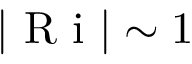
| \textrm { R i } | \sim 1